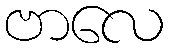
ဗာလေ